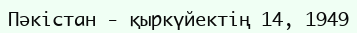
Пәкістан - қыркүйектің 14, 1949